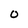
Character: 0